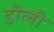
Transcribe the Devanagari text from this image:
डॊली